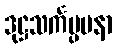
ဒုဋ္ဌသင်္ကပ္ပမနာ